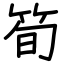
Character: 筍